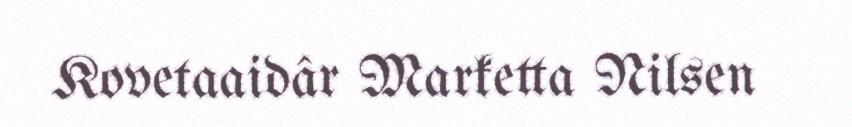
Kovetaaidâr Marketta Nilsen